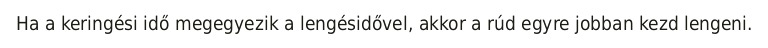
Ha a keringési idő megegyezik a lengésidővel, akkor a rúd egyre jobban kezd lengeni.